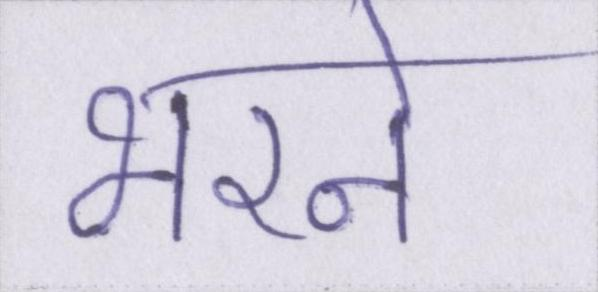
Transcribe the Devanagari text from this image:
भरने